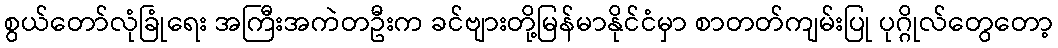
စွယ်တော်လုံခြုံရေး အကြီးအကဲတဦးက ခင်ဗျားတို့မြန်မာနိုင်ငံမှာ စာတတ်ကျမ်းပြု ပုဂ္ဂိုလ်တွေတော့